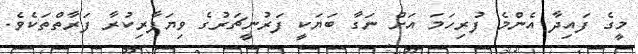
މީގެ ފައިދާ އެންމެ ފުރިހަމަ އަށް ނަގާ ބަޔަކީ ފަރުނީޗަރުގެ ވިޔަފާރިކުރާ ފަރާތްތަކެވެ.